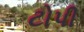
ટોપી